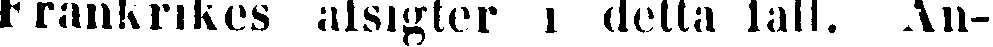
Frankrikes afsigter i detta fall. An-